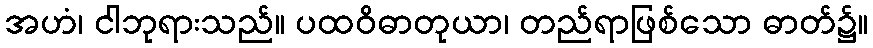
အဟံ၊ ငါဘုရားသည်။ ပထဝိဓာတုယာ၊ တည်ရာဖြစ်သော ဓာတ်၌။